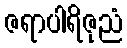
ဇရာပါရိဇုညံ